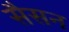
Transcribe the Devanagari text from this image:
सैसन